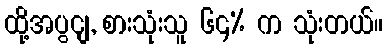
ထို့အပွငျ, စားသုံးသူ ၆၄% က သုံးတယ်။